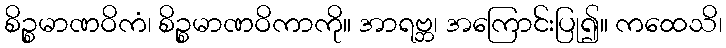
စိဉ္စမာဏဝိကံ၊ စိဉ္စမာဏဝိကာကို။ အာရဗ္ဘ၊ အကြောင်းပြု၍။ ကထေသိ၊